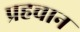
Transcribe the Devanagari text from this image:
प्रहचान